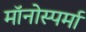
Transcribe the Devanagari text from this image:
मॉनोस्पर्मा